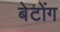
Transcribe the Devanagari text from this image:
बेटोंग